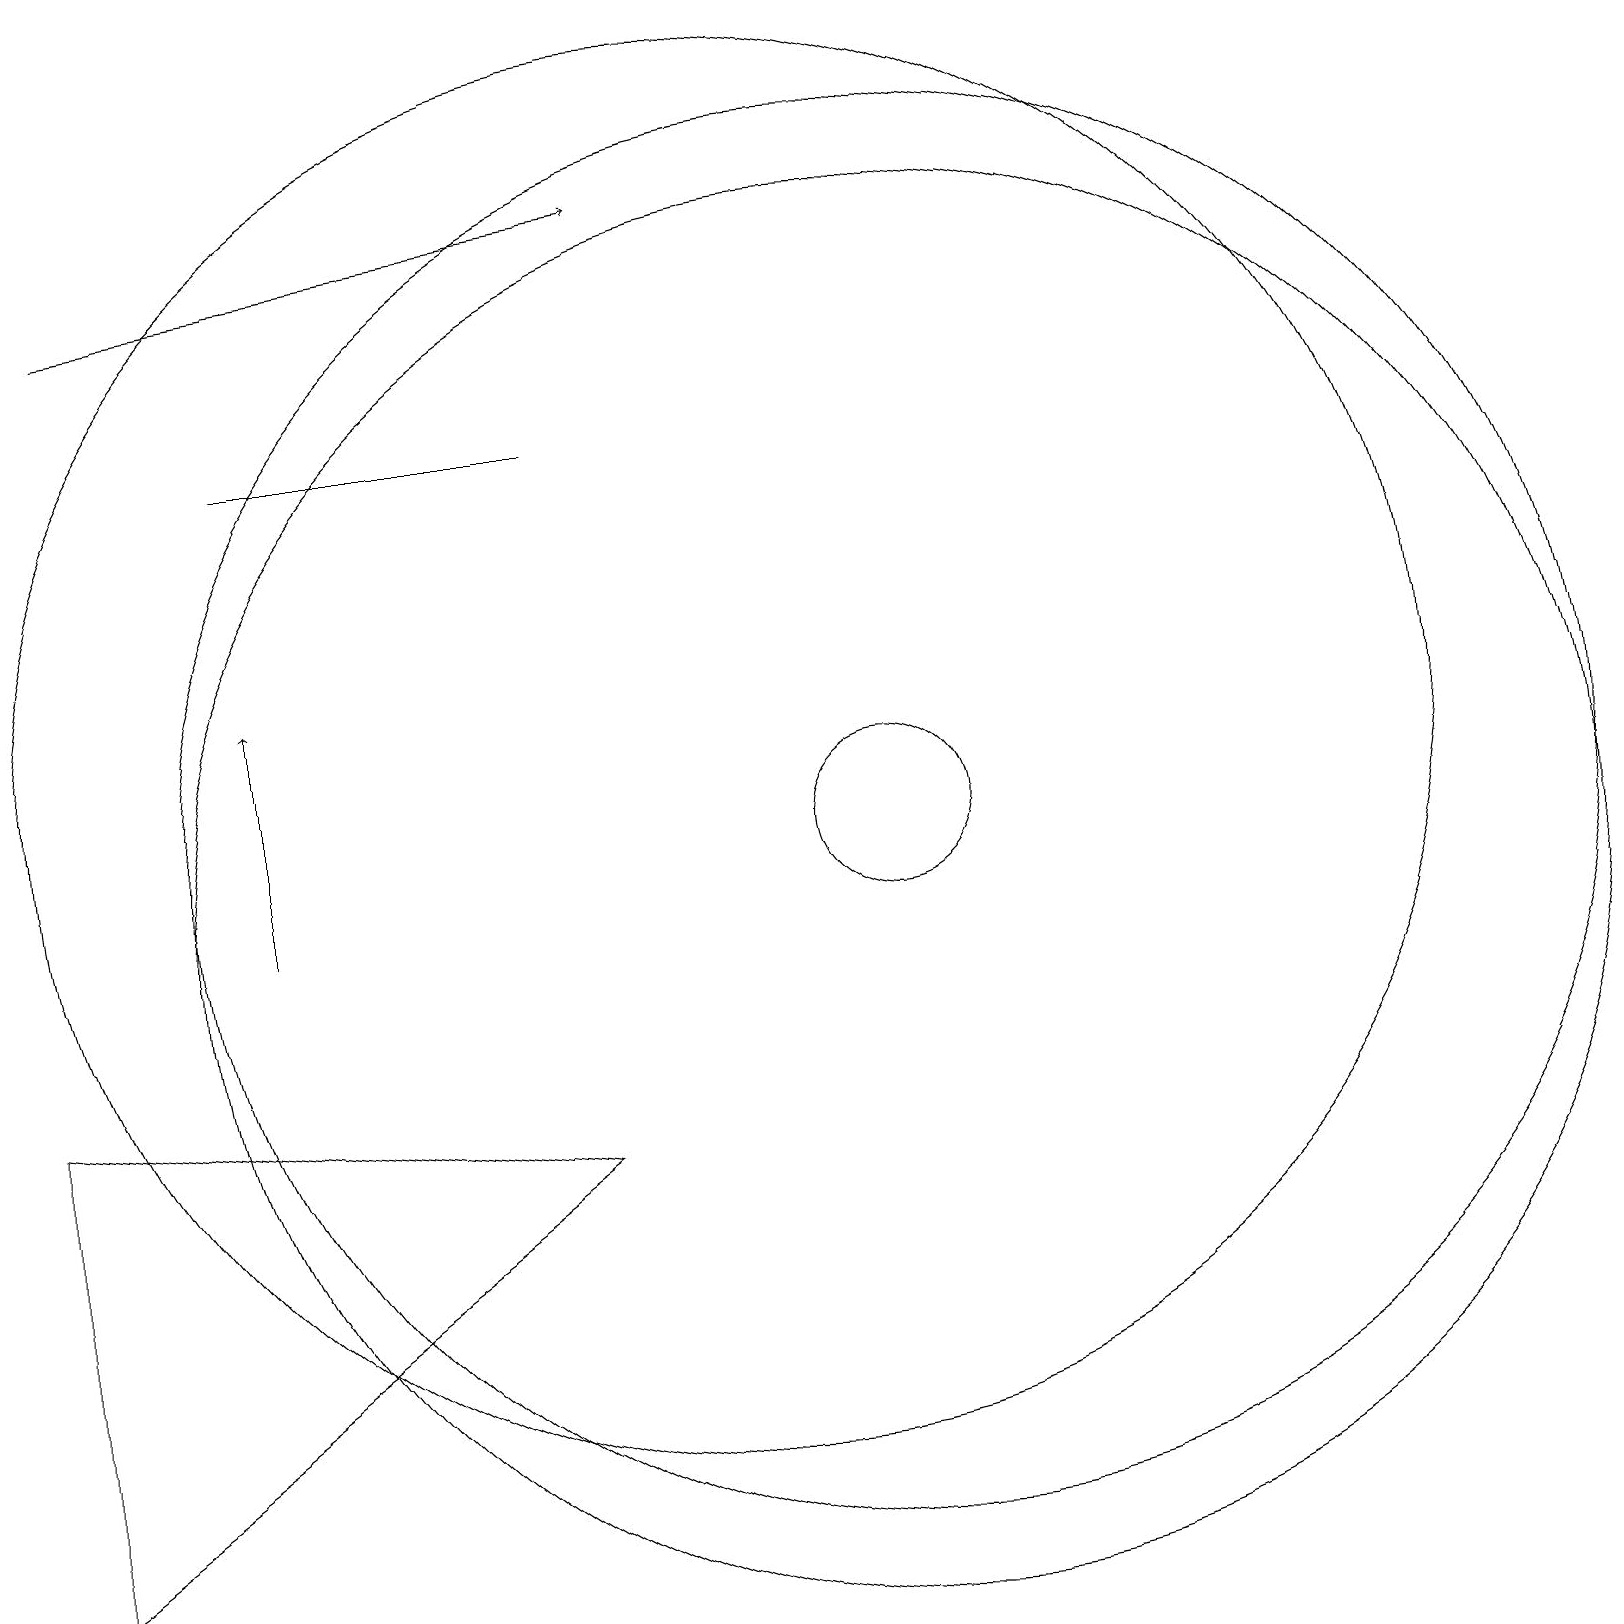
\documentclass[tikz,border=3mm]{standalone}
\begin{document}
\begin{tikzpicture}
\draw (8,16) rectangle (4,16);
\draw (10,12) circle (9);
\draw (12,11) circle (1);
\draw (12,10) circle (9);
\draw (12,11) circle (9);
\draw[->] (2,18) -- (9,19);
\draw[->] (4,10) -- (4,13);
\draw (8,7) -- (1,2) -- (1,8) -- cycle;
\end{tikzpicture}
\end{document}